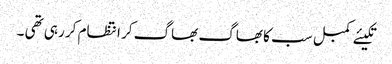
تکیئے کمبل سب کا بھاگ بھاگ کر انتظام کر رہی تھی ۔